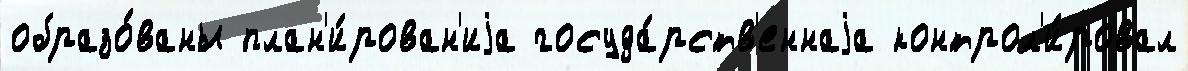
образо́ваны план'и́рован'иjа госуда́рств'еннаjа контрол'и́ровал